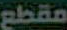
مقطع